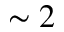
\sim 2